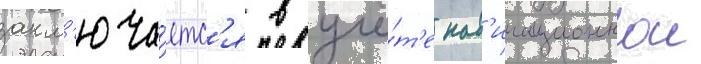
закл'юча́етс'я в учё́т'е нав'игационнои